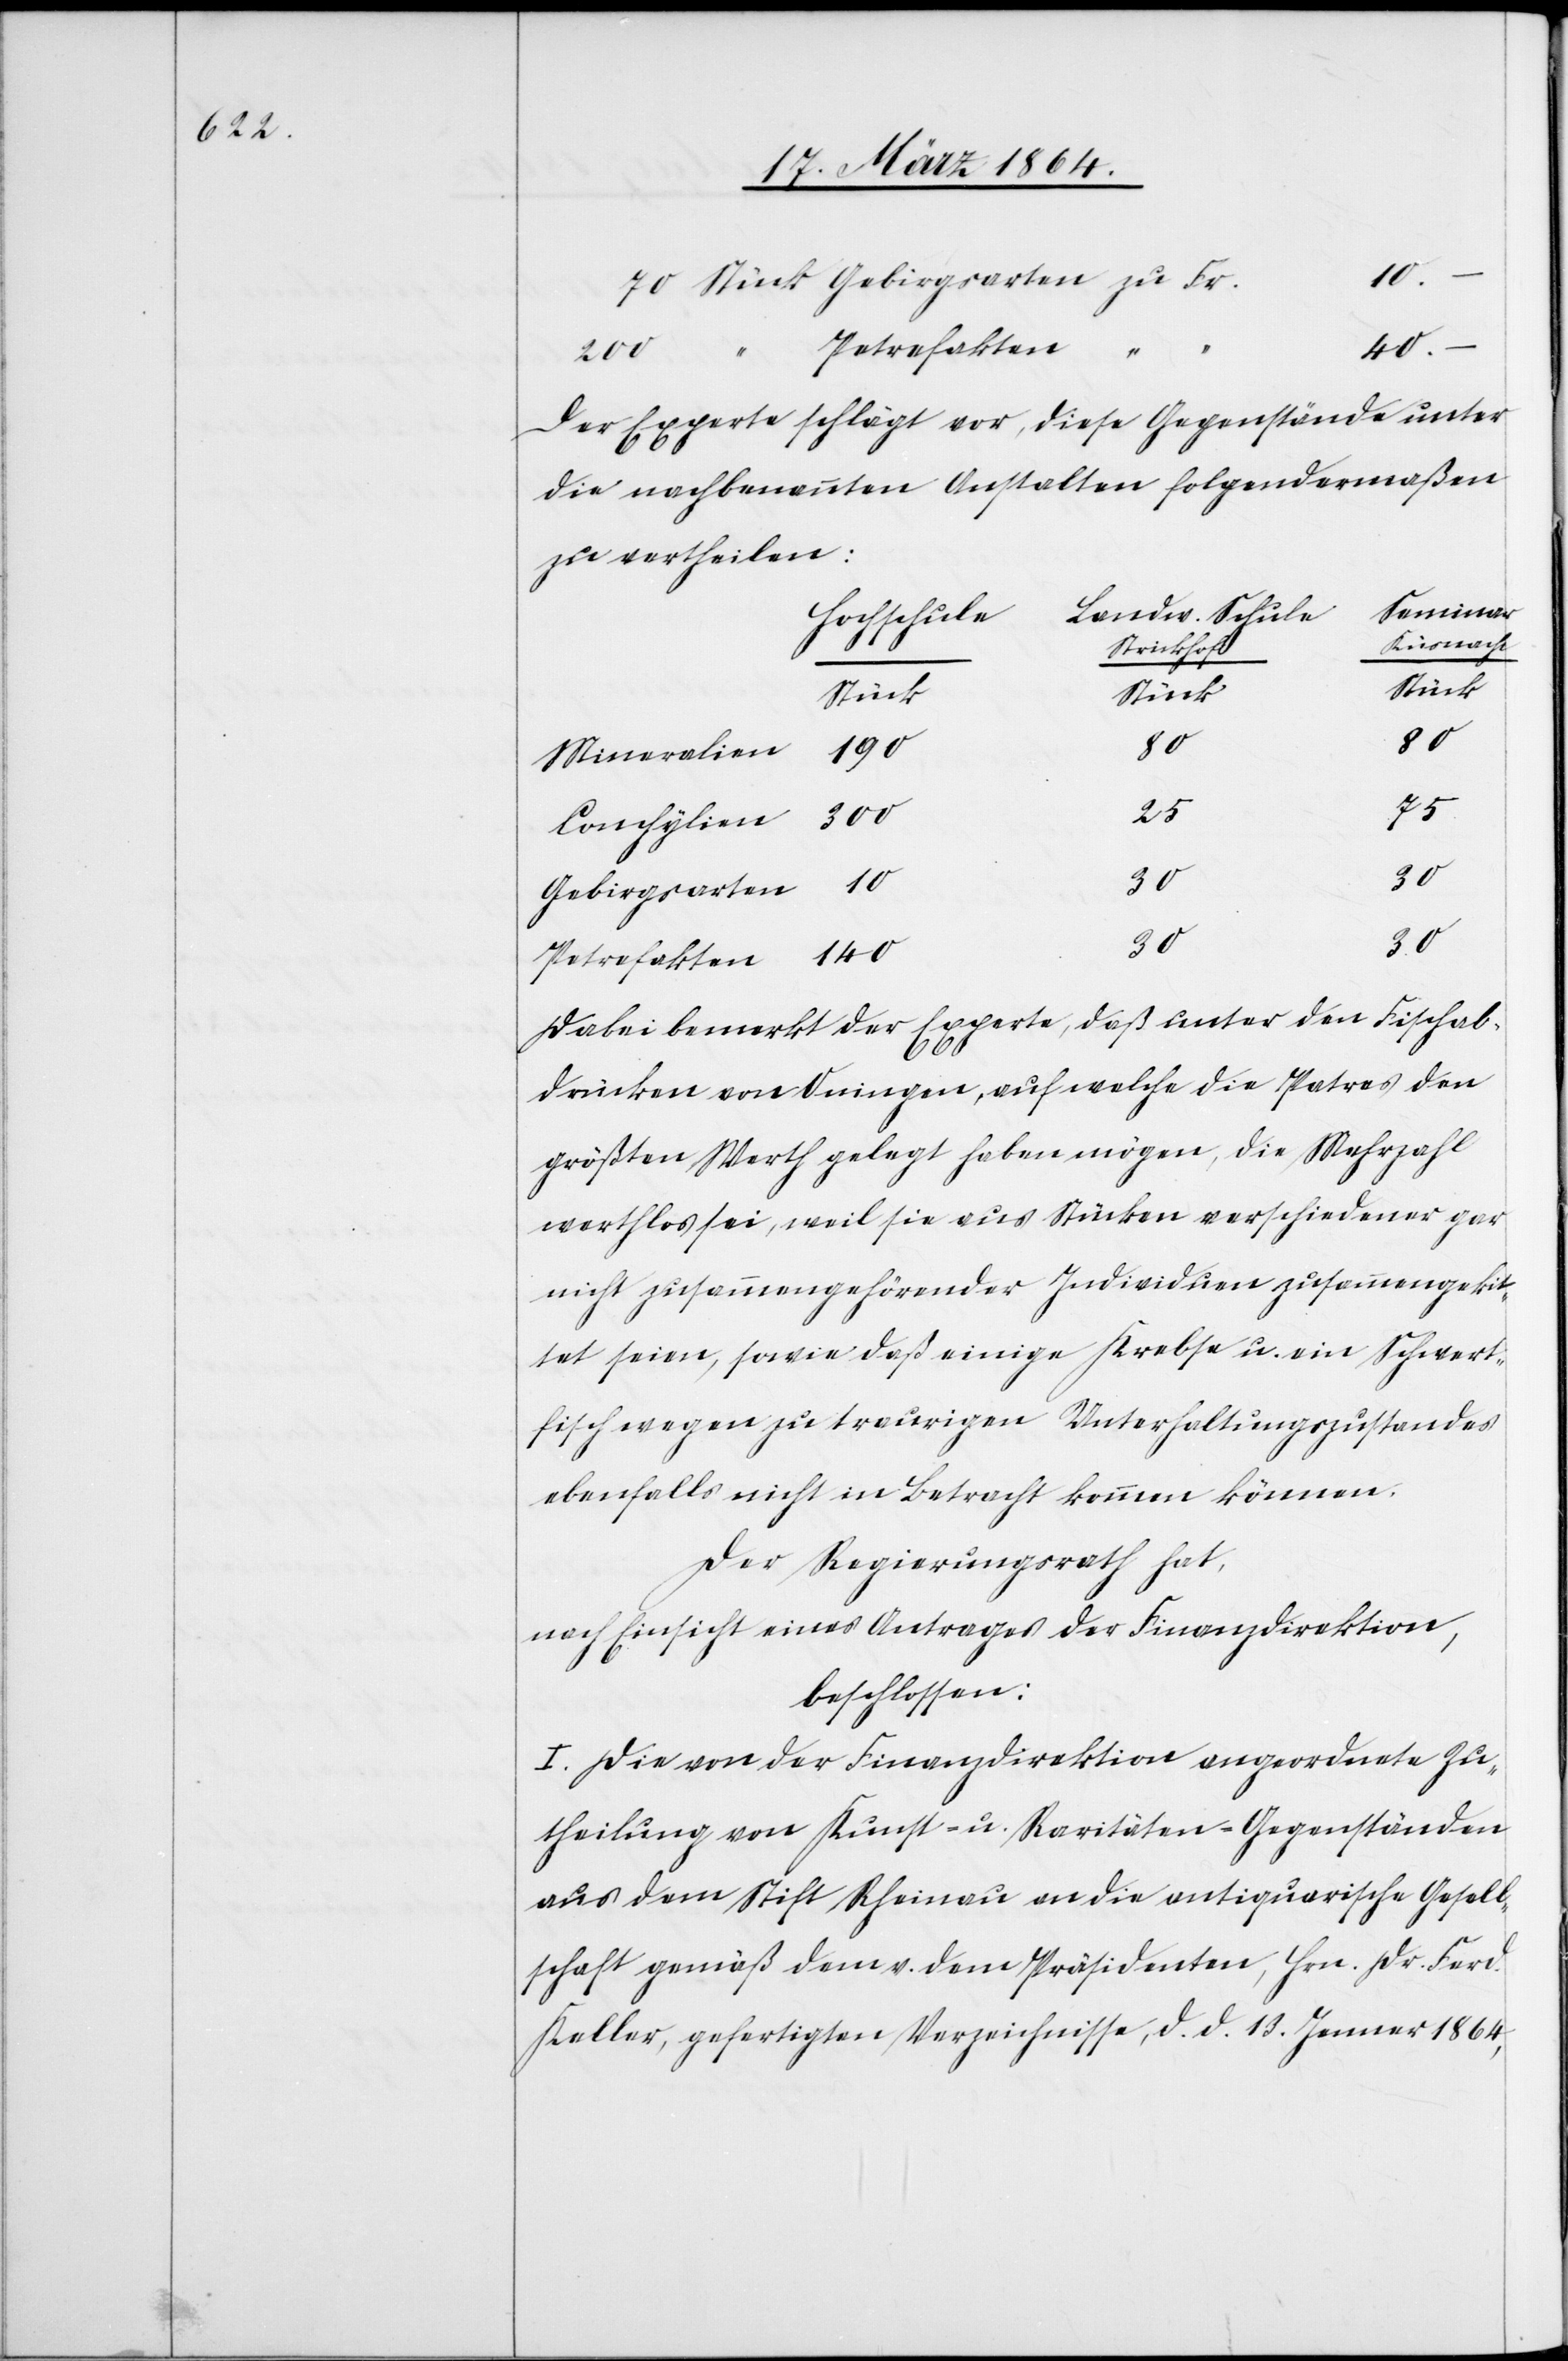
10.–
Petrefakten
“
40.–
200
Der Experte schlägt vor, diese Gegenstände unter
die nachbenannten Anstalten folgendermaßen
zu vertheilen:
Seminar
Landw. Schule
Hochschule
Küsnacht
Strickhof
Stück
140
190
Mineralien
Fr.
25
Conchylien
30
30
Gebirgsarten
Dabei bemerkt der Experte, daß unter den Fischab¬
drücken von Oningen, auf welche die Patres den
größten Werth gelegt haben mögen, die Mehrzahl
werthlos sei, weil sie aus Stücken verschiedener gar
nicht zusammengehörender Individuen zusammengekit¬
tet seien, sowie daß einige Krebse u. ein Schwert¬
fisch wegen zu traurigen Unterhaltungszustandes
ebenfalls nicht in Betracht kommen können.
Der Regierungsrath hat,
nach Einsicht eines Antrages der Finanzdirektion,
beschlossen:
I. Die von der Finanzdirektion angeordnete Zu¬
theilung von Kunst- u. Raritäten-Gegenständen
aus dem Stift Rheinau an die antiquarische Gesell¬
schaft gemäß dem v. dem Präsidenten, Hrn. Dr. Ferd.
Keller, gefertigten Verzeichnisse, d. d. 13. Jenner 1864,